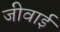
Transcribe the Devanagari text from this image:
जीवाई